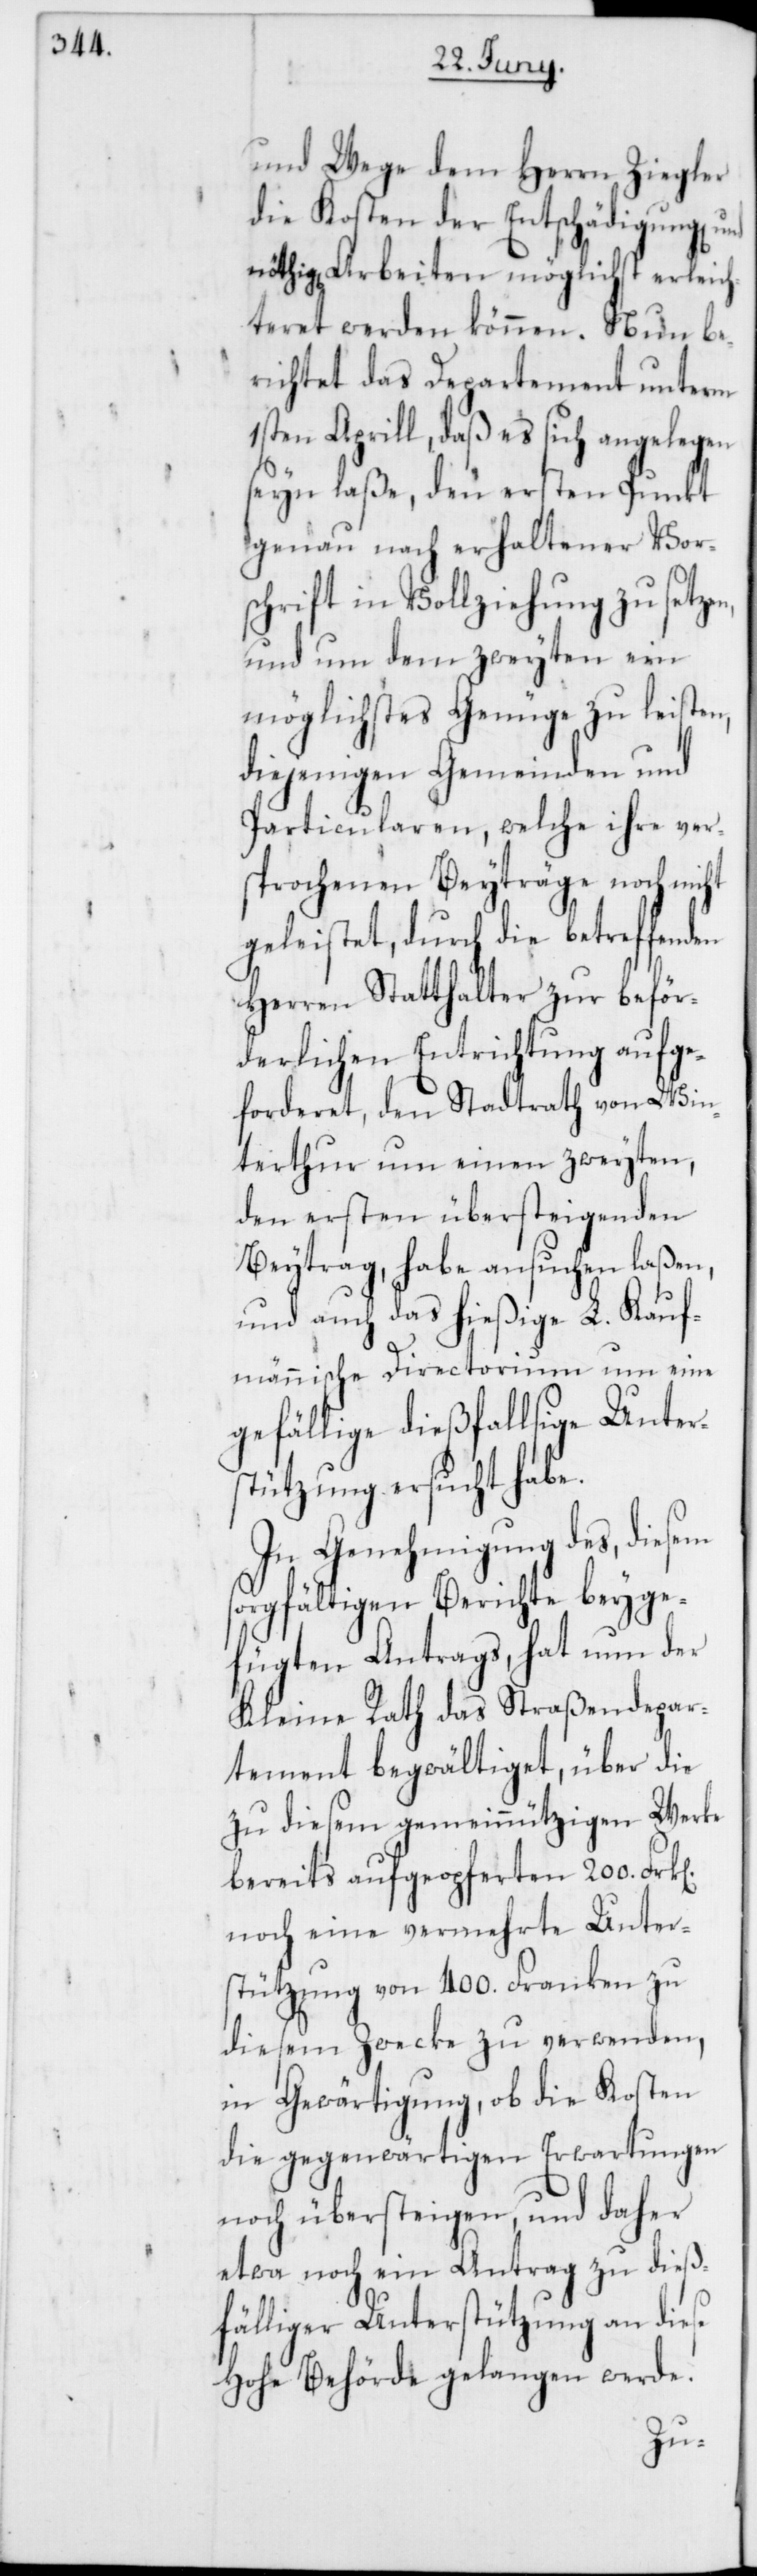
und Wege dem Herrn Ziegler
die Kosten der Entschädigung[en]
nöthig[en] Arbeiten möglichst erleich¬
teret werden können. Nun be¬
richtet das Departement unterm
1sten Aprill, daß es sich angelegen
seyn laße, den ersten Punkt
genau nach erhaltener Vor¬
schrift in Vollziehung zu setzen,
und um dem zweyten ein
möglichstes Genüge zu leisten,
diejenigen Gemeinden und
Particularen, welche ihre ver¬
sprochenen Beyträge noch nicht
geleistet, durch die betreffenden
Herren Statthalter zu beför¬
derlichen Entrichtung aufge¬
forderet, den Stadtrath von Win¬
terthur um einen zweyten,
den ersten übersteigenden
Beytrag, habe ansuchen laßen,
und auch das hießige L. Kauf¬
männische Directorium um eine
gefällige dießfallsige Unter¬
stützung ersucht habe.
In Genehmigung des, diesem
sorgfältigen Berichte beyge¬
fügten Antrags, hat nun der
Kleine Rath das Straßendepar¬
tement begwältiget, über die
zu diesem gemeinnützigen Werke
bereits aufgeopferten 200.
noch eine vermehrte Unter¬
stützung von 400. Franken zu
diesem Zwecke zu verwenden,
in Gewärtigung, ob die Kosten
die gegenwärtigen Erwartungen
noch übersteigen, und daher
etwa noch ein Antrag zu dieß¬
fälliger Unterstützung an diese
Hohe Behörde gelangen werde.